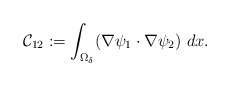
\begin{align*}\mathcal{C}_{12}:= \int_{\Omega_\delta}(\nabla \psi_1 \cdot\nabla \psi_2)~dx.\end{align*}